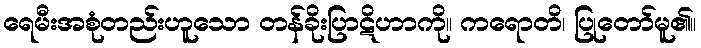
ရေမီးအစုံတည်းဟူသော တန်ခိုးပြာဋိဟာကို။ ကရောတိ၊ ပြုတော်မူ၏။